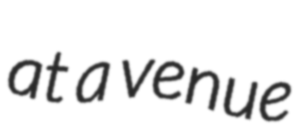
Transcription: at a venue